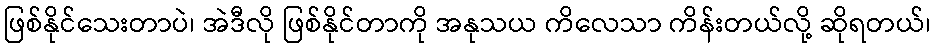
ဖြစ်နိုင်သေးတာပဲ၊ အဲဒီလို ဖြစ်နိုင်တာကို အနုသယ ကိလေသာ ကိန်းတယ်လို့ ဆိုရတယ်၊